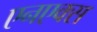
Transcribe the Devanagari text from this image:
एनएक्स